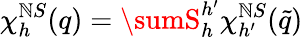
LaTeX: \chi_{h}^{\mathbb{N}S}(q)=\sumS_{h}^{h^{\prime}}\chi_{h^{\prime}}^{\mathbb{N}S}(\tilde{{q}})